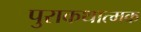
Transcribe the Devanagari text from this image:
पुराकथात्मक